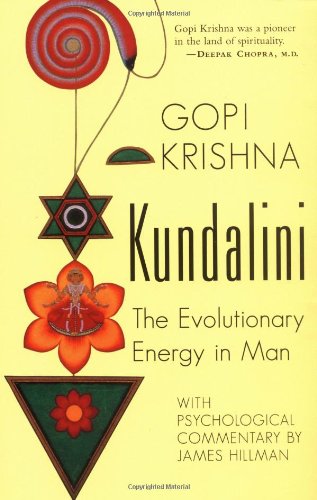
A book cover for Kundalini: The Evolutionary Energy in Man; Krishna Gopi; Religion & Spirituality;